Report on the bubonic plague in Bombay, 1896-1897
Year: 1896
Disease focus: Plague
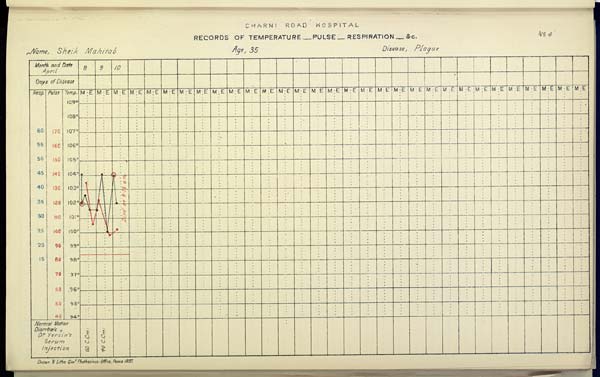
CHARNI
ROAD
HOSPITAL
RECORDS OF TEMPERATURE __ PULSE __ RESPIRATION __ &c. No. 4
Name,
Sheik
Mahitab
Age,
35
Disease,
Plague
Drawn & Litho: Govt. Photozinco: Office, Poona 1897.